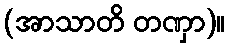
(အာသာတိ တဏှာ)။